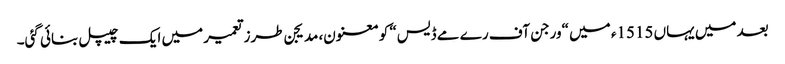
بعد میں یہاں 1515ء میں “ورجن آف رے مے ڈیس“ کو معنون، مدیجن طرزتعمیر میں ایک چیپل بنائی گئی۔